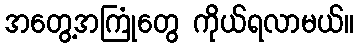
အတွေ့အကြုံတွေ ကိုယ်ရလာမယ်။